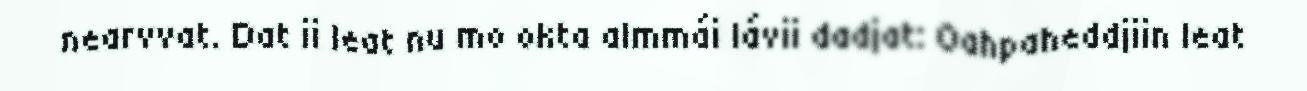
nearvvat. Dat ii leat nu mo okta almmái lávii dadjat: Oahpaheddjiin leat